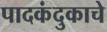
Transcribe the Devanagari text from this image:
पादकंदुकाचे